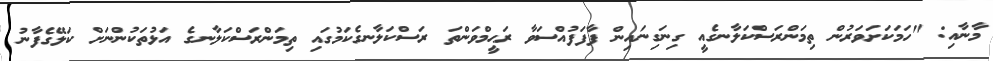
މާނާއި: "ހަމަކަށަވަރުން ތިމަންރަސްކަލާނގެއީ ގިނަގިނައިން ފާފަފުއްސަވާ ރަޙީމްވަންތަ ރަސްކަލާނގެކަމުގައި ތިމަންރަސްކަލާނގެ އަޅުތަކުންނަށް ކަލޭގެފާނު